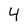
Character: 4